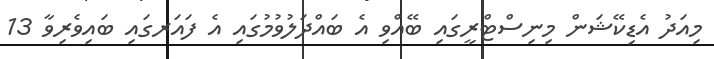
މިއަދު އެޑިކޭޝަން މިނިސްޓްރީގައި ބޭއްވި އެ ބައްދަލުވުމުގައި އެ ފައަރގައި ބައިވެރިވާ 13